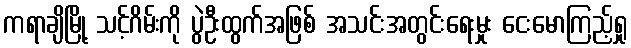
ကရာချိမြို့ သင့်ဂိမ်းကို ပွဲဦးထွက်အဖြစ် အသင်းအတွင်းရေးမှုး ငေးမောကြည့်ရှု